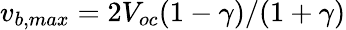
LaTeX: v_{b,max}=2V_{oc}(1-\gamma)/(1+\gamma)